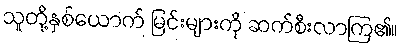
သူတို့နှစ်ယောက် မြင်းများကို ဆက်စီးလာကြ၏။